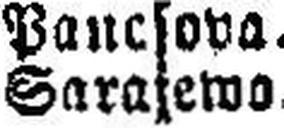
Sarajewo